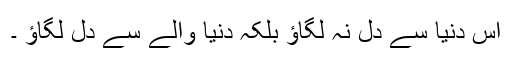
اس دنیا سے دل نہ لگاؤ بلکہ دنیا والے سے دل لگاؤ ۔